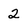
Character: 2